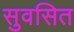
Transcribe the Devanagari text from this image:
सुवसित